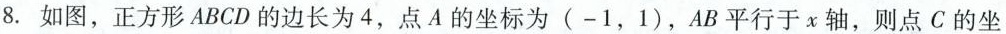
8.如图，正方形ABCD的边长为4，点A的坐标为(-1，1)，AB平行于x轴，则点C的坐